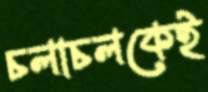
চলাচলকেই